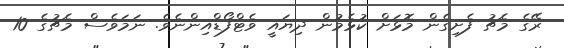
ރޭގެ މެޗު ފެށިގެން މޮޅަށް ކުޅެމުން ދިޔައީ ވެޓްފޯޑްއިންނެވެ. ނަމަވެސް މެޗުގެ 10